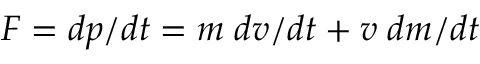
F = d p / d t = m \; d v / d t + v \; d m / d t